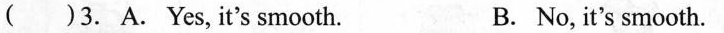
( )3. A. Yes, it's smooth. B. No, it's smooth.